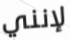
لإنني